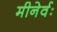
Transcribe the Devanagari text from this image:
मीनेर्वः